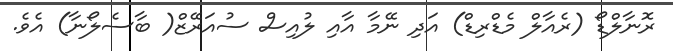
ރޮނާލްޑޯ (ރެއާލް މެޑްރިޑް) އަދި ނޭމާ އާއި ލުއިސް ސުއަރޭޒް( ބާސެލޯނާ) އެވެ.